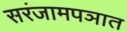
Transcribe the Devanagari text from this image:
सरंजामपञात